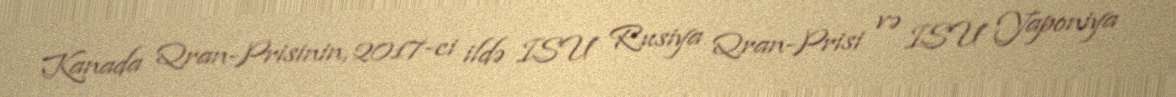
Kanada Qran-Prisinin, 2017-ci ildə ISU Rusiya Qran-Prisi və ISU Yaponiya